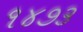
૧૪૭૩